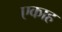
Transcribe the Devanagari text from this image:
एकाह